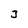
Character: 3